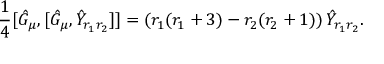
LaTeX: \frac { 1 } { 4 } [ \hat { G } _ { \mu } , [ \hat { G } _ { \mu } , \hat { Y } _ { r _ { 1 } r _ { 2 } } ] ] = \left( r _ { 1 } ( r _ { 1 } + 3 ) - r _ { 2 } ( r _ { 2 } + 1 ) \right) \hat { Y } _ { r _ { 1 } r _ { 2 } } .